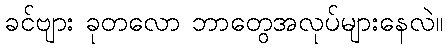
ခင်ဗျား ခုတလော ဘာတွေအလုပ်များနေလဲ။